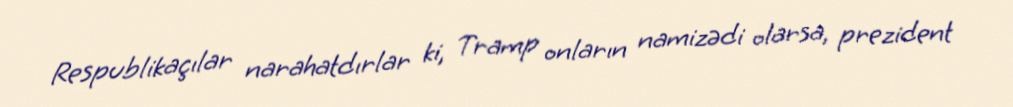
Respublikaçılar narahatdırlar ki, Tramp onların namizədi olarsa, prezident